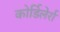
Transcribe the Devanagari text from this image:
कोर्डिलेर्रा